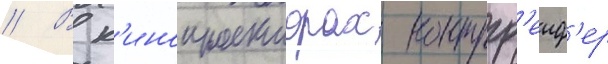
// В к'инопроекторах контргр'еиф'ер